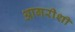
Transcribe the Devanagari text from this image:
आगरीशीं